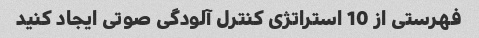
فهرستی از 10 استراتژی کنترل آلودگی صوتی ایجاد کنید